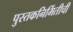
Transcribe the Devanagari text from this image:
पुस्तकनिर्मितीची